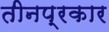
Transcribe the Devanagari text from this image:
तीनप्रकार